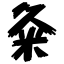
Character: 粂